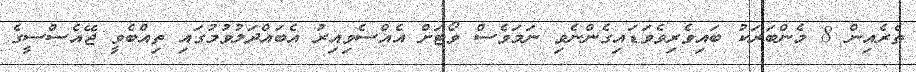
ތެރެއިން 8 މެންބަރަކު ބައިވެރިވެވަޑައިގެންނެވި ނަމަވެސް ވޯޓަށް އެއްސެވިއިރު އެބައްދަލުވުމުގައި ތިއްބެވީ ޖޭއެސްސީގެ